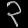
Digit: ၃